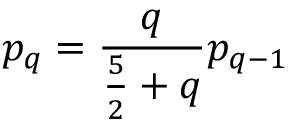
p _ { q } = \frac { q } { \frac { 5 } { 2 } + q } p _ { q - 1 }